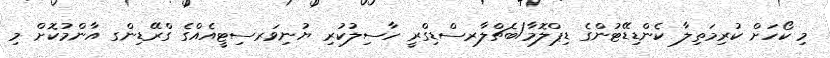
މި ކޯހަށް ކުރިމަތިލާ ކެންޑިޑޭޓުންގެ ޑިޕްލޮމާ/ބެޗްލާރސްޑިގްރީ ހާސިލުކުރި ޔުނިވަރސިޓީއެއްގެ ގްރޭޑިންގ އާންމުކޮށް މި